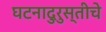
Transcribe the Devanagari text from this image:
घटनादुरुस्तीचे